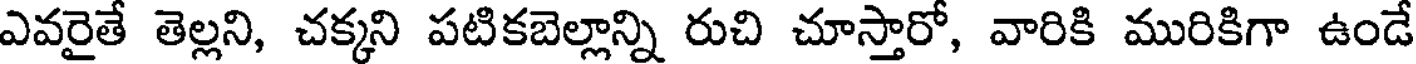
ఎవరైతే తెల్లని, చక్కని పటికబెల్లాన్ని రుచి చూస్తారో, వారికి మురికిగా ఉండే